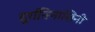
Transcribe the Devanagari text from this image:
दुर्गतिनाशिनी